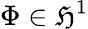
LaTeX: \Phi\in\mathfrak{H}^{1}